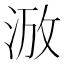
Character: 𣵑